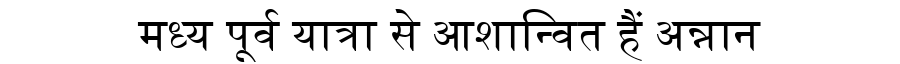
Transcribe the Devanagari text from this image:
मध्य पूर्व यात्रा से आशान्वित हैं अन्नान